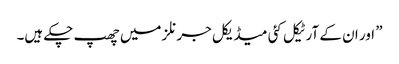
” اور ان کے آرٹیکل کئی میڈیکل جرنلز میں‌ چھپ چکے ہیں۔